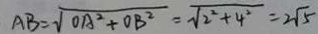
A B = \sqrt { O A ^ { 2 } + O B ^ { 2 } } = \sqrt { 2 ^ { 2 } + 4 ^ { 2 } } = 2 \sqrt { 5 }